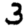
Digit: 3